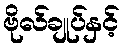
ဗိုလ်ချုပ်နှင့်